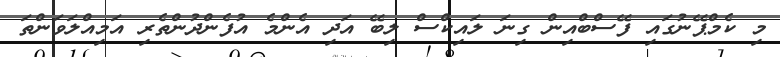
މި ކެމްޕޭނުގައި ފޭސްބްއިން ގިނަ ލައިކްސް ލިބޭ އަދި އެންމެ އުފެންދުންތެރި އަމިއްލަވަންތަ